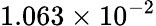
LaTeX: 1.063\times 10^{-2}